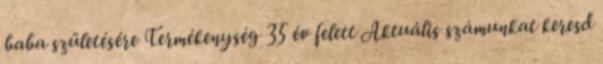
baba születésére Termékenység 35 év felett Aktuális számunkat keresd